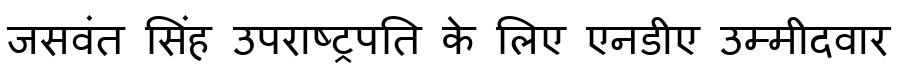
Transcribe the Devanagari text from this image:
जसवंत सिंह उपराष्ट्रपति के लिए एनडीए उम्मीदवार